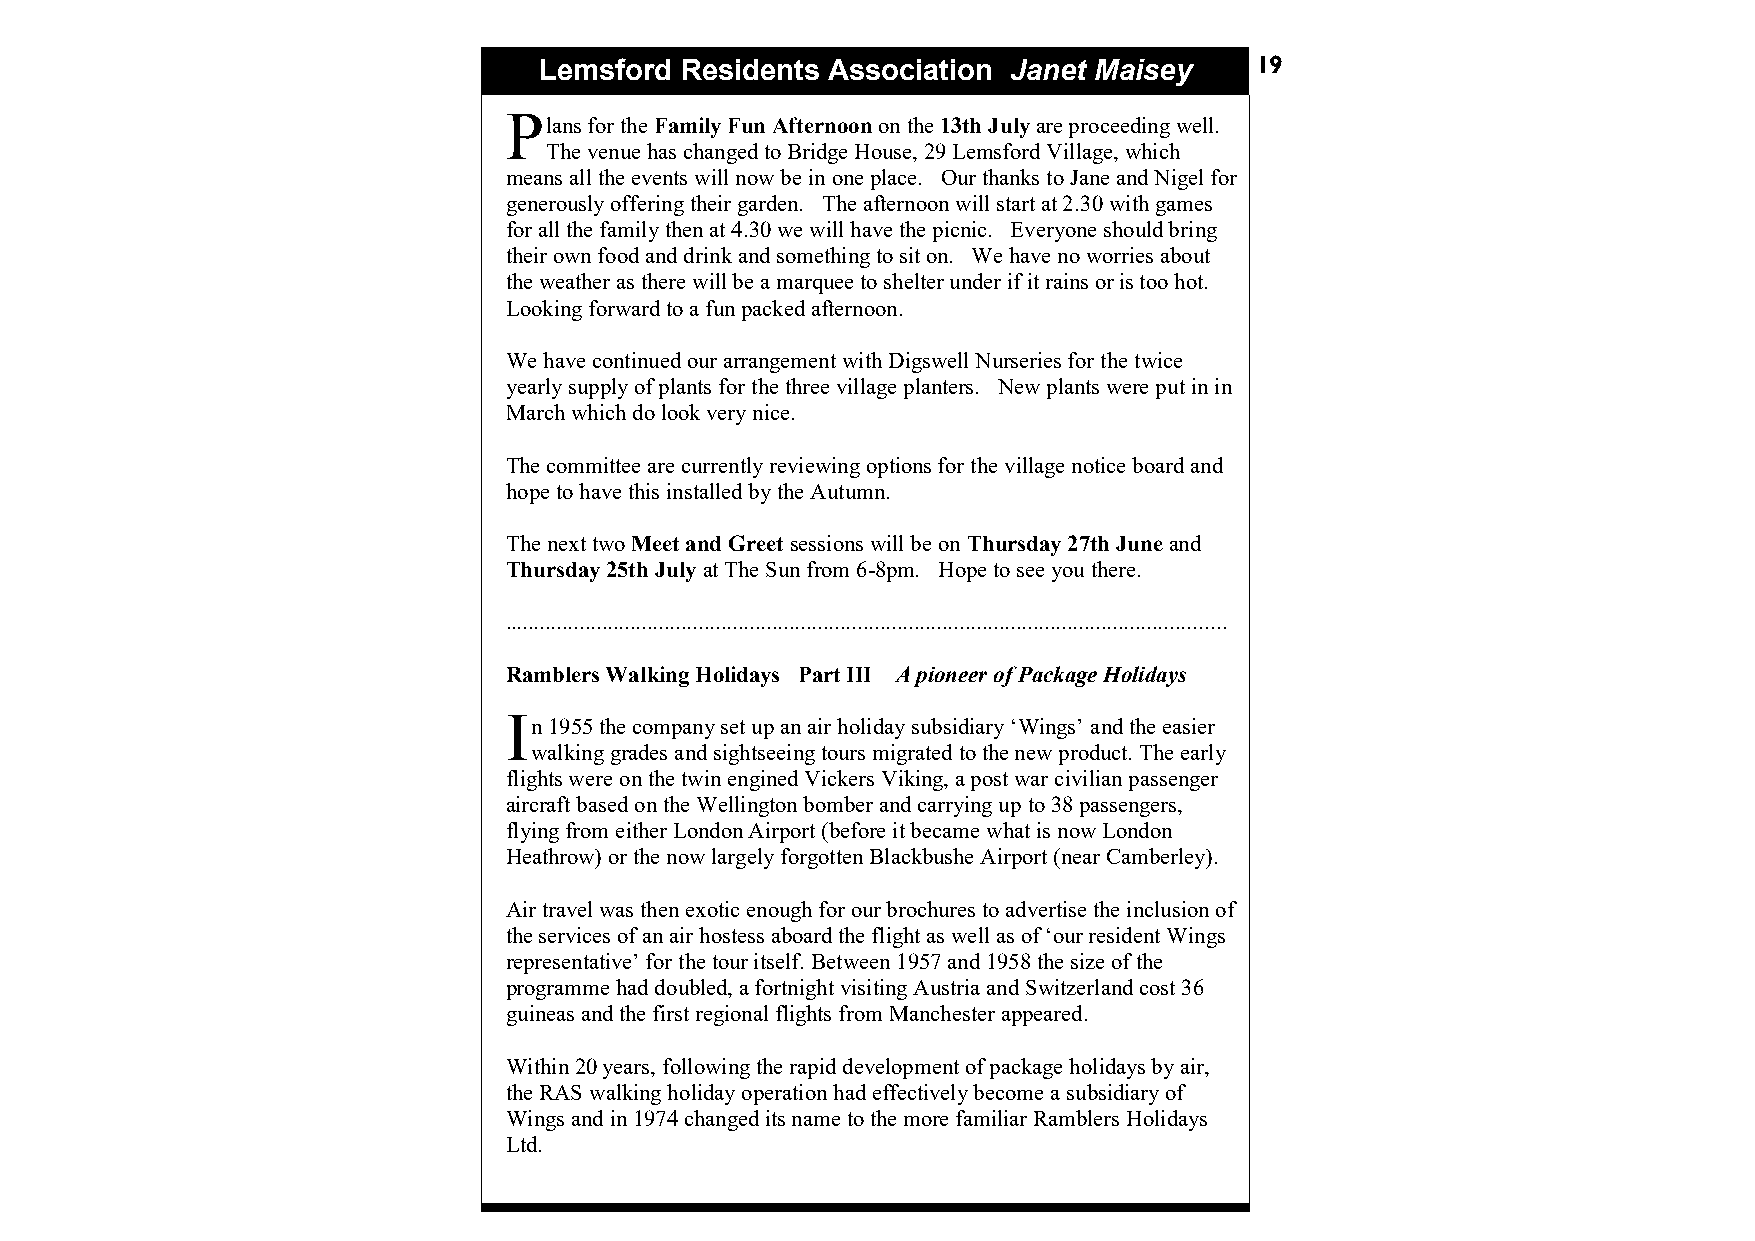
Lemsford Residents Association Janet Maisey    19
 P
 lans fo r the Family Fun Afternoon on the 13th July are proceeding well.
 The venue has changed to Bridge House, 29 Lemsford Village, which
 means all the events will now be in one place. Our thanks to Jane and Nigel for
 generously offering their garden. The afternoon will start at 2.30 with games
 for all the family then at 4.30 we will have the picnic. Everyone should bring
 their own food and drink and something to sit on. We have no worries about
 the weather as there will be a marquee to shelter under if it rains or is too hot.
 Looking forward to a fun packed afternoon.
 We have continued our arrangement with Digswell Nurseries for the twice
 yearly supply of plants for the three village planters. New plants were put in in
 March which do look very nice.
 The committee are currently reviewing options for the village notice board and
 hope to have this installed by the Autumn.
 The next two Meet and Greet sessions will be on Thursday 27th June and
 Thursday 25th July at The Sun from 6-8pm. Hope to see you there.
 ...............................................................................................................................
 Ramblers Walking Holidays Part III A pioneer of Package Holidays
 I
 n 1955 the company set up an air holiday subsidiary ‘Wings’ and the easier
 walking grades and sightseeing tours migrated to the new product. The early
 flights were on the twin engined Vickers Viking, a post war civilian passenger
 aircraft based on the Wellington bomber and carrying up to 38 passengers,
 flying from either London Airport (before it became what is now London
 Heathrow) or the now largely forgotten Blackbushe Airport (near Camberley).
 Air travel was then exotic enough for our brochures to advertise the inclusion of
 the services of an air hostess aboard the flight as well as of ‘our resident Wings
 representative’ for the tour itself. Between 1957 and 1958 the size of the
 programme had doubled, a fortnight visiting Austria and Switzerland cost 36
 guineas and the first regional flights from Manchester appeared.
 Within 20 years, following the rapid development of package holidays by air,
 the RAS walking holiday operation had effectively become a subsidiary of
 Wings and in 1974 changed its name to the more familiar Ramblers Holidays
 Ltd.